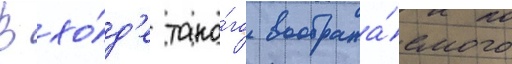
В хо́д'е тако́го вообража́емого